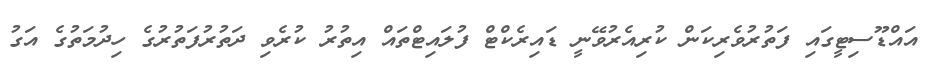
އައްޑޫސިޓީގައި ފަތުރުވެރިކަން ކުރިއެރުވޭނީ ޑައިރެކްޓް ފުލައިޓްތައް އިތުރު ކުރެވި ދަތުރުފަތުރުގެ ހިދުމަތުގެ އަގު